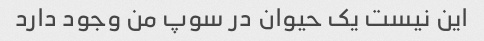
این نیست یک حیوان در سوپ من وجود دارد